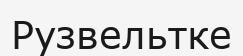
Рузвельтке